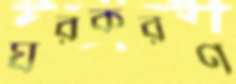
ঘরকরণ